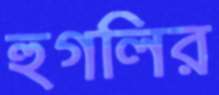
হুগলির